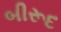
બીરૂદ